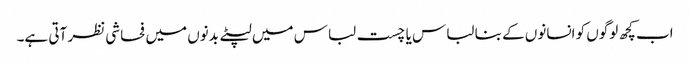
اب کچھ لوگوں کو انسانوں کے بنا لباس یا چست لباس میں لپٹے بدنوں میں فحاشی نظر آتی ہے۔